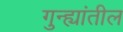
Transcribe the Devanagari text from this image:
गुन्ह्यांतील